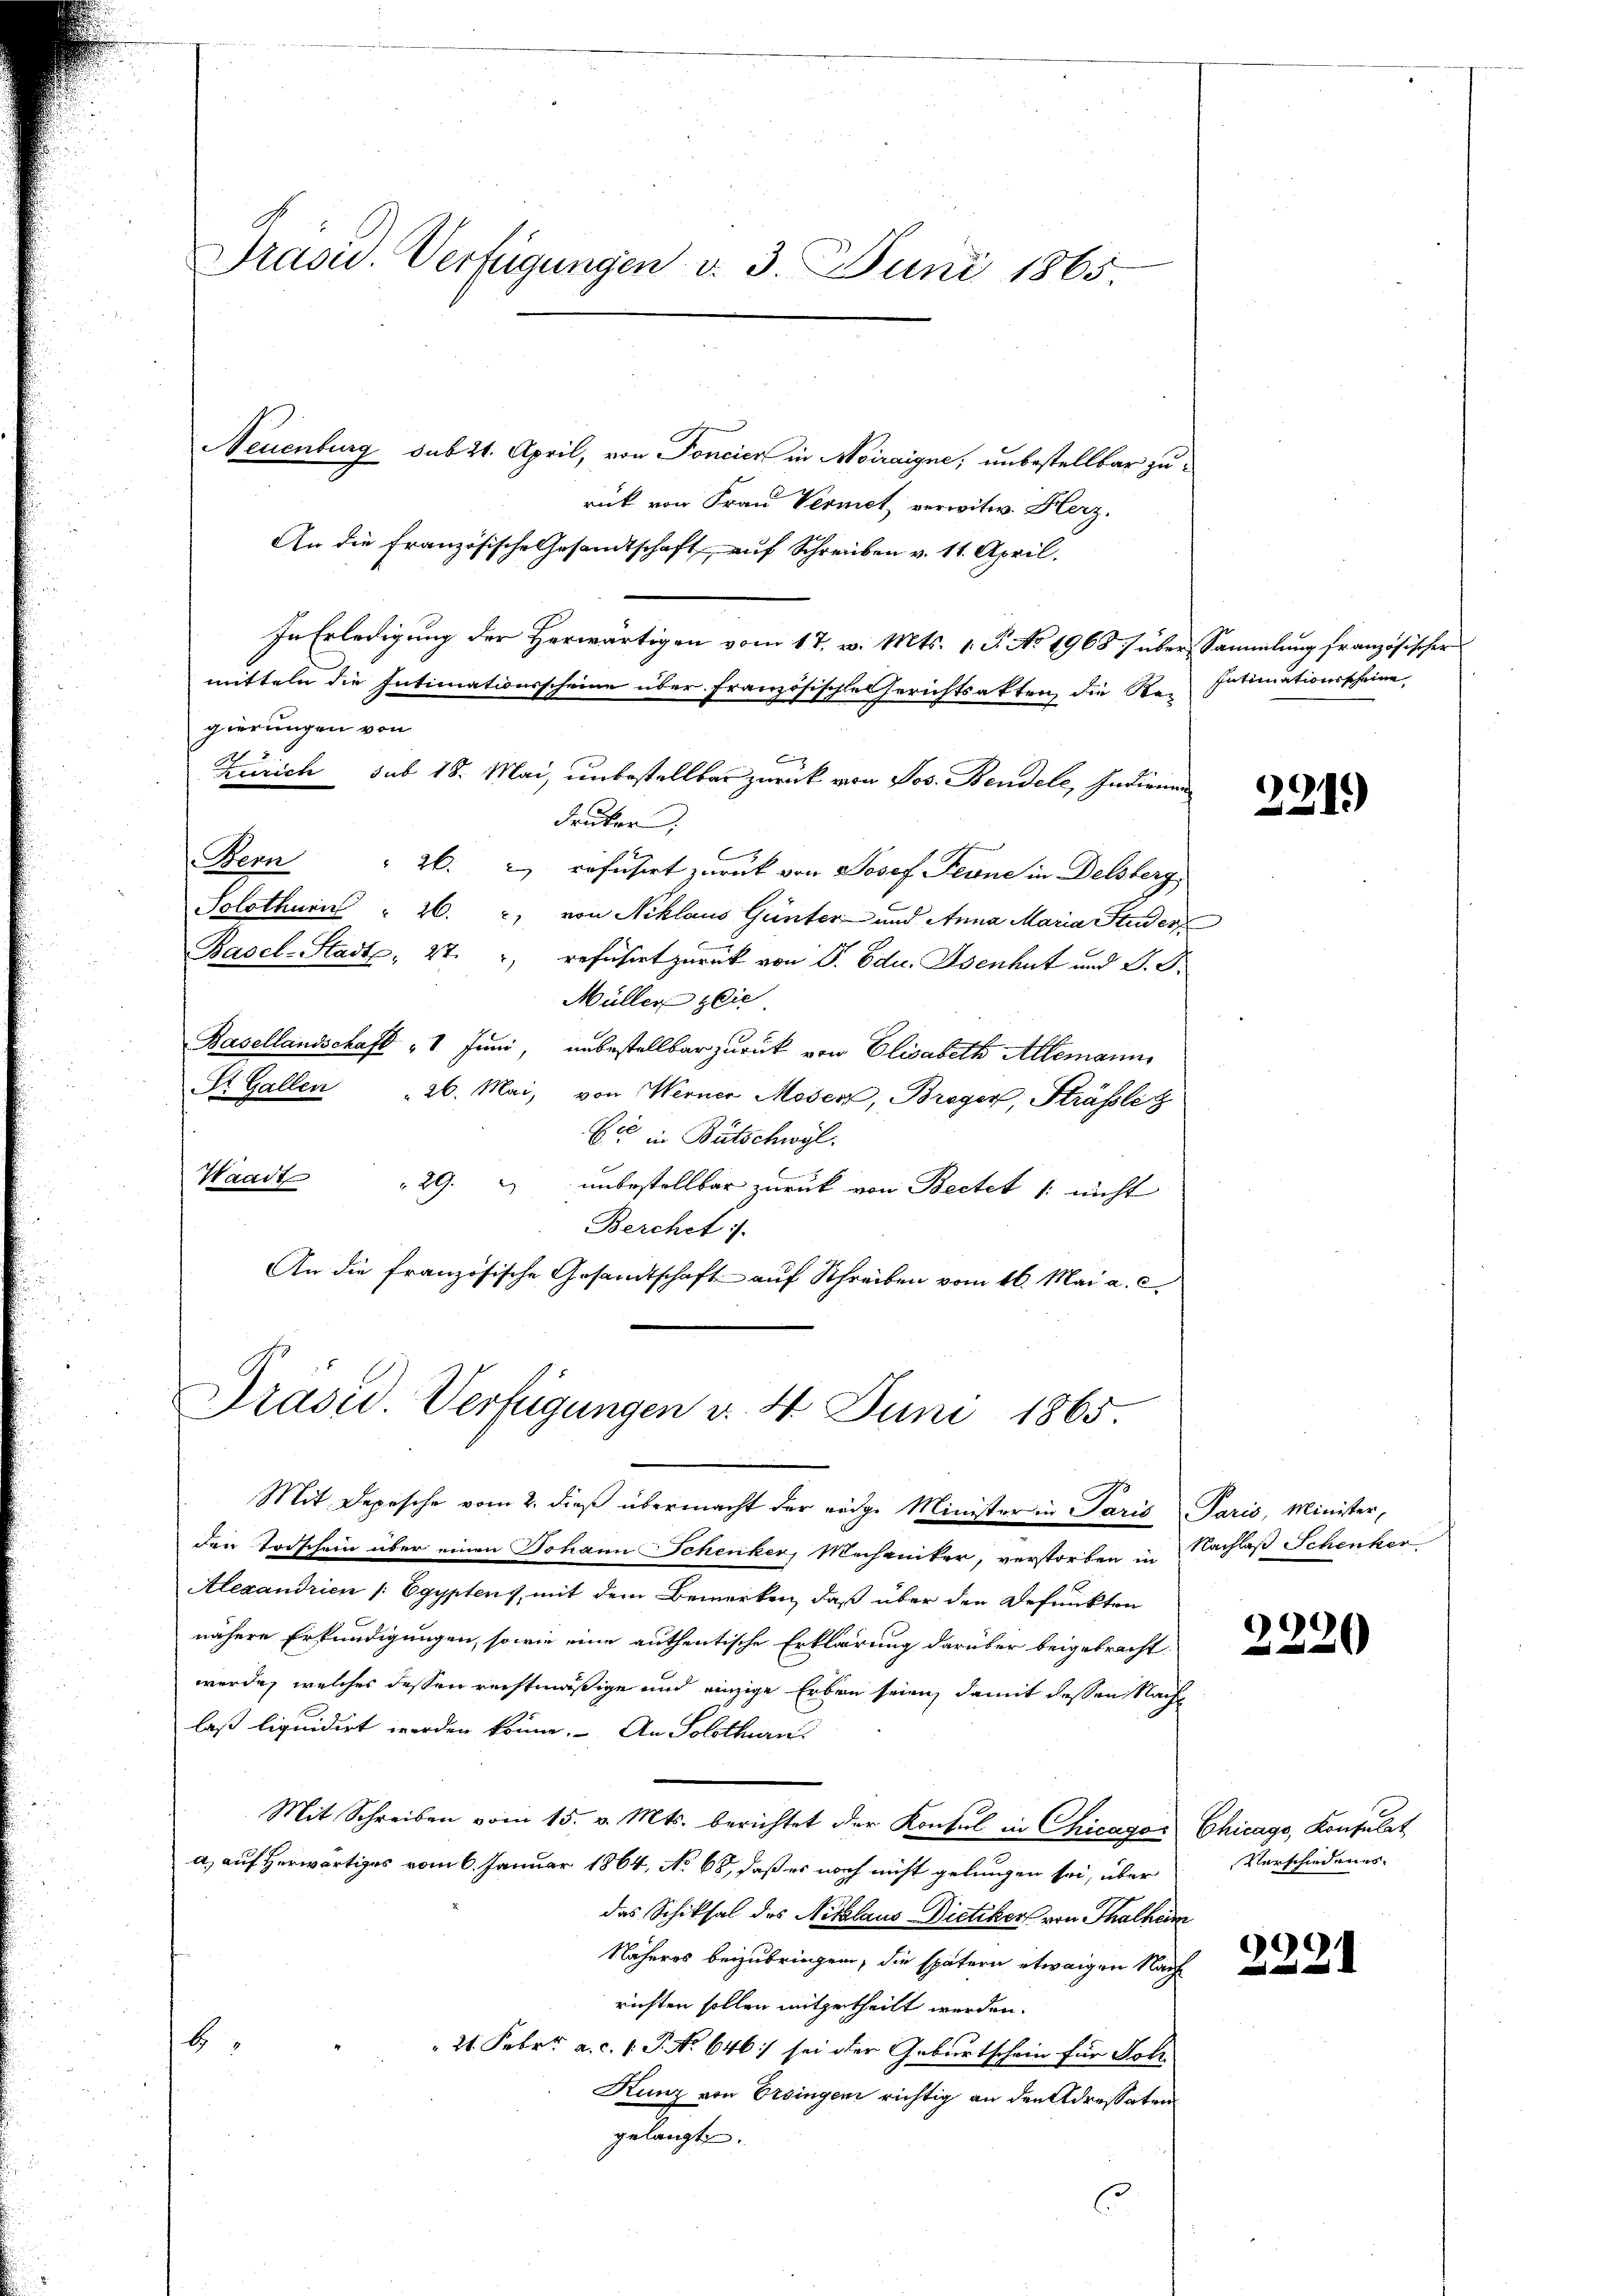
Präsid. Verfügungen v. 3. Juni 1865

Neuenburg sub 21. April, von Poncier in Moiraigne; unbestellbar zu-
rück von Frau Vermet verwitw. Herz.
An die französische Gesandtschaft auf Schreiben v. 11. April.
In Erledigung der Herwärtigen vom 17. v. Mts. 1. P. No 1968 / über Sammlung französischer
mitteln die Intimationsscheine über Französische Gerichtsakten, die Ren Intimationsscheine
gierungen von
Zürich sub 18. Mai, unbestellbar zurück von Jos. Bendele, Indienen
drucker.
Hern" 26. & refusirt zurück von Josef Ferne in Delsberg
Solothurn " 26. von Niklaus Günter und Anna Maria Studer
Basel-Stadt, 27. geführet zurück von S. Edu. Osenhut und S. D.
Müller zie
Basellandschaft 1 Juni, unbestellbar zurück von Elisabeth Allemann
St. Gallen 26. Mai, von Werner Moser, Breger, Sträßli
ber in Bütschwyl.
Waadt
29. 2) unbestellbar zurück von Beetet /: nicht
Berchet i
An die französische Gesandtschaft auf Schreiben vom 16. Mai a. c.

Präsid. Verfügungen v. 4. Juni 1865.
Mit Depesche vom 2. dieß übermacht der rödge Minister in Paris Paris, Minister,

den Todschein über einen Johann Schenker, Mechaniker, verstorben in Nachlaß Schenkor
Alexandrien /: Egyptens, mit dem Bemerken, daß über den Befunkten
nähere Erkundigungen, sowie eine authentische Erklärung darüber beigebracht
werde, welches dessen rechtmäßige und einzige Erben seien, damit dessen Nachlaß liquidirt werden könne. An Solothurn
Mit Schreiben vom 15. v. Mts. berichtet der Konsul in Chicagor Chicago, Konsulat
a) auf herwärtiges vom 6. Januar 1864, No 68, daß es noch nicht gelungen sei, über
das Schicksal des Niklaus Dietiker von Thalheim
Näheres beizubringen, die spätern etwaigen Nach
richten sollen mitgetheilt werden.
b
21. Febr. a. c. 1. P. No 646. sei der Geburtschein für Joh
Kunz von Ersingen richtig an den Adressaten
gelangt.
C

291.)

2220

Verschiedenes.

2221